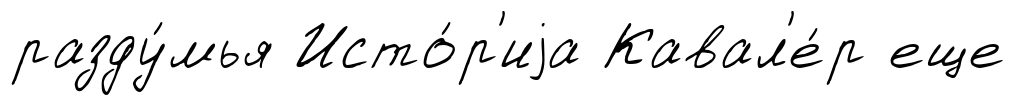
разду́мья Исто́р'иjа Кавал'е́р еще